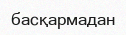
басқармадан